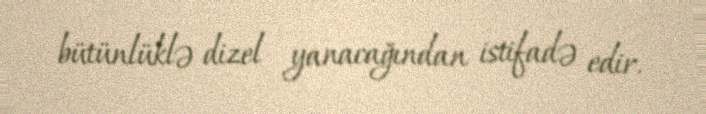
bütünlüklə dizel yanacağından istifadə edir.